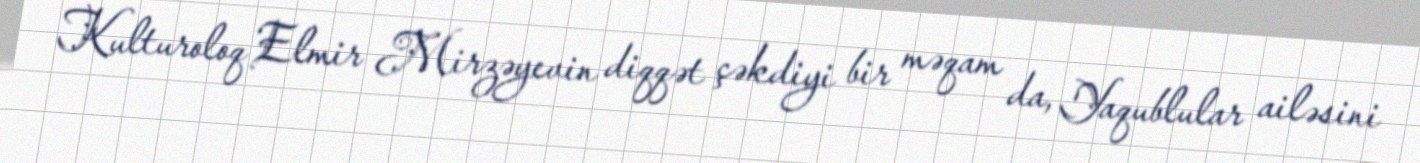
Kulturoloq Elmir Mirzəyevin diqqət çəkdiyi bir məqam da, Yaqublular ailəsini